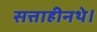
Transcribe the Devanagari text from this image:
सत्ताहीनथे।